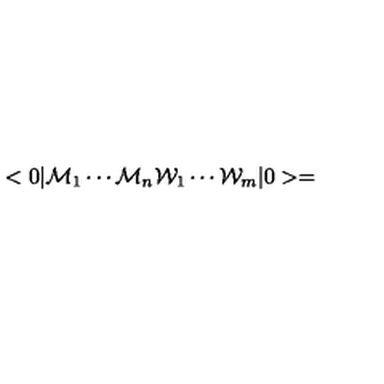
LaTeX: < 0 | { \cal { M } } _ { 1 } \cdots { \cal { M } } _ { n } { \cal { W } } _ { 1 } \cdots { \cal { W } } _ { m } | 0 > =